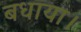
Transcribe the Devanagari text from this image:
बधाया।